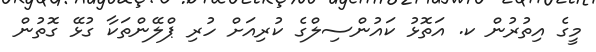
މީގެ އިތުރުން ކ. އަތޮޅު ކައުންސިލްގެ ކުރިއަށް ހުރި ޕްލޭންތަކާ ގުޅޭ ގޮތުން